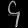
Digit: ၄